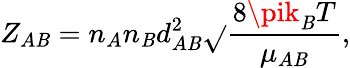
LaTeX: Z_{A\mathit{B}}=n_{A}n_{\mathit{B}}d_{A\mathit{B}}^{2}{\sqrt{}{{\frac{{8\pik_{\mathrm{{{\mathit{B}}}}}T}}{{\mu_{A\mathit{B}}}}}}},